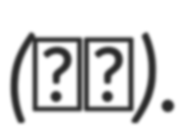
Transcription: (裘甫).